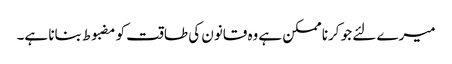
میرے لئے جو کرنا ممکن ہے وه قانون کی طاقت کو مضبوط بنانا ہے۔